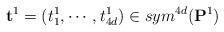
LaTeX: \begin{align*}\mathbf t^1=(t_1^1, \cdots, t_{4d}^1)\in sym^{4d}(\mathbf P^1)\end{align*}